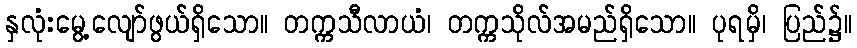
နှလုံးမွေ့လျော်ဖွယ်ရှိသော။ တက္ကသီလာယံ၊ တက္ကသိုလ်အမည်ရှိသော။ ပုရမှိ၊ ပြည်၌။